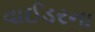
વાઈડરના